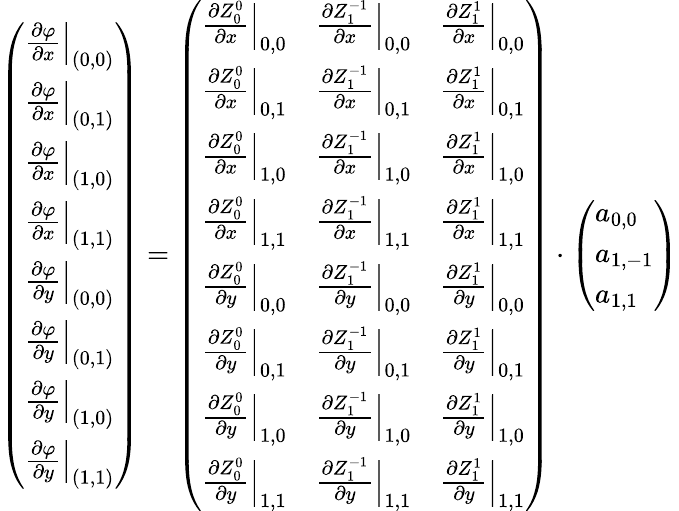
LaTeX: \left(\begin{array}{l}{\left.\frac{\partial\varphi}{\partial x}\right|_{(0,0)}}\\ {\left.\frac{\partial\varphi}{\partial x}\right|_{(0,1)}}\\ {\left.\frac{\partial\varphi}{\partial x}\right|_{(1,0)}}\\ {\left.\frac{\partial\varphi}{\partial x}\right|_{(1,1)}}\\ {\left.\frac{\partial\varphi}{\partial y}\right|_{(0,0)}}\\ {\left.\frac{\partial\varphi}{\partial y}\right|_{(0,1)}}\\ {\left.\frac{\partial\varphi}{\partial y}\right|_{(1,0)}}\\ {\left.\frac{\partial\varphi}{\partial y}\right|_{(1,1)}}\end{array}\right)=\left(\begin{array}{lll}{\frac{\partial Z_{0}^{0}}{\partial x}\Big|_{0,0}}&{\frac{\partial Z_{1}^{-1}}{\partial x}\Big|_{0,0}}&{\frac{\partial Z_{1}^{1}}{\partial x}\Big|_{0,0}}\\ {\frac{\partial Z_{0}^{0}}{\partial x}\Big|_{0,1}}&{\frac{\partial Z_{1}^{-1}}{\partial x}\Big|_{0,1}}&{\frac{\partial Z_{1}^{1}}{\partial x}\Big|_{0,1}}\\ {\frac{\partial Z_{0}^{0}}{\partial x}\Big|_{1,0}}&{\frac{\partial Z_{1}^{-1}}{\partial x}\Big|_{1,0}}&{\frac{\partial Z_{1}^{1}}{\partial x}\Big|_{1,0}}\\ {\frac{\partial Z_{0}^{0}}{\partial x}\Big|_{1,1}}&{\frac{\partial Z_{1}^{-1}}{\partial x}\Big|_{1,1}}&{\frac{\partial Z_{1}^{1}}{\partial x}\Big|_{1,1}}\\ {\frac{\partial Z_{0}^{0}}{\partial y}\Big|_{0,0}}&{\frac{\partial Z_{1}^{-1}}{\partial y}\Big|_{0,0}}&{\frac{\partial Z_{1}^{1}}{\partial y}\Big|_{0,0}}\\ {\frac{\partial Z_{0}^{0}}{\partial y}\Big|_{0,1}}&{\frac{\partial Z_{1}^{-1}}{\partial y}\Big|_{0,1}}&{\frac{\partial Z_{1}^{1}}{\partial y}\Big|_{0,1}}\\ {\frac{\partial Z_{0}^{0}}{\partial y}\Big|_{1,0}}&{\frac{\partial Z_{1}^{-1}}{\partial y}\Big|_{1,0}}&{\frac{\partial Z_{1}^{1}}{\partial y}\Big|_{1,0}}\\ {\frac{\partial Z_{0}^{0}}{\partial y}\Big|_{1,1}}&{\frac{\partial Z_{1}^{-1}}{\partial y}\Big|_{1,1}}&{\frac{\partial Z_{1}^{1}}{\partial y}\Big|_{1,1}}\end{array}\right)\cdot\left(\begin{array}{l}{a_{0,0}}\\ {a_{1,-1}}\\ {a_{1,1}}\end{array}\right)